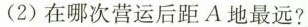
(2)在哪次营运后距A地最远?